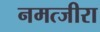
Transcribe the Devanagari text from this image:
नमत्जीरा